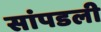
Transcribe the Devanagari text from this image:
सांपडली